Civil Veterinary Dept. Assam report 1927-50 - 1927-1950
Year: 1927
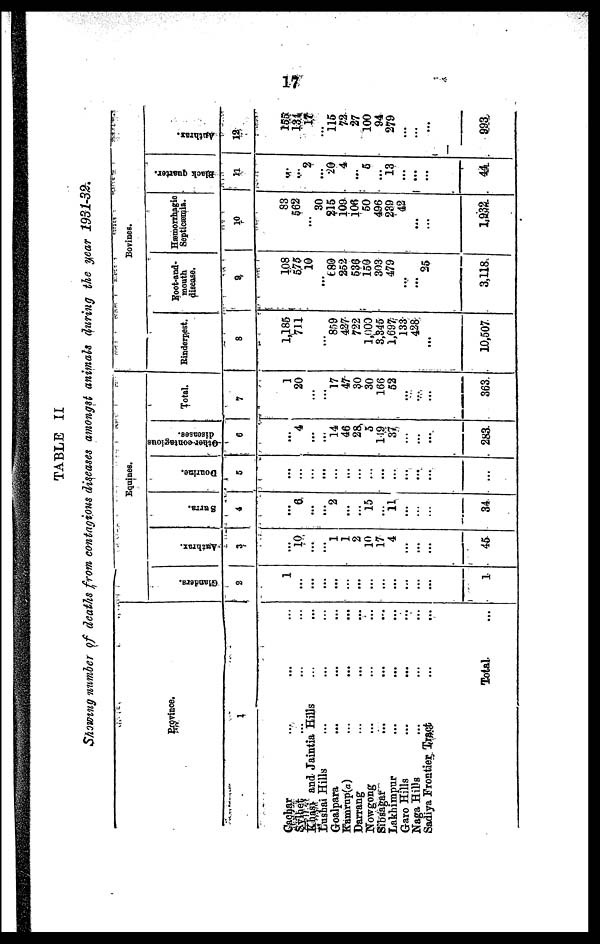
17
TABLE II
Showing number of deaths from contagious diseases amongst animals during the gear 1931-32.
Province.
1
Cachar ... ... ...
Sylhet ... ... ...
Khasi and Jaintia Hills ... ...
Lushai Hills ... ... ...
Goalpara ... ... ...
Knmrup(a) ... ... ...
Darrang ... ... ...
Nowgong ... ... ...
Sibsagar ... ... ...
Lakhimpur ... ... ...
Garo Hills ... ... ...
Naga Hills ... ... ...
Sadiya Frostier Tract ... ...
Total ...
Equines.
Glanders.
2
1
…
…
…
…
…
…
…
…
…
…
…
…
1
Anthrax.
3
…
10
...
...
1
1
2
10
17
4
...
...
…
45
Surra
4
…
6
...
...
2
...
...
15
...
11
...
...
…
34
Dourine.
5
…
…
…
...
…
...
…
…
...
...
…
...
...
...
diseases.
6
…
4
...
…
14
46
28
5
119
37
…
...
...
283.
Total.
7
1
20
…
…
17
47
30
30
166
52
...
...
...
363
Bovines.
Rinderpest.
8
1,185
711
…
…
859
427
722
1,000
3,345
1,697
133
428
...
10,507
Foot-and-
mouth
disease.
9
108
5.75
10
...
689
252
536
150
303
479
...
...
25
3,118
Hæmorrhagic
Septicæmia.
10
83
562
…
30
215
109
106
50
496
239
42
...
…
1,932.
Black quarter.
11
…
...
2
...
20
4
...
5
...
13
...
...
…
44
Anthrax.
12.
155
134 17
...
115
72
27
100
94
279
...
...
...
993.